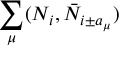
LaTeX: \sum _ { \mu } ( N _ { i } , \bar { N } _ { i \pm a _ { \mu } } )